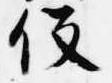
役